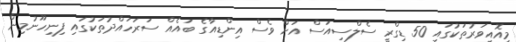
މިއޮއިވަރުތަކުގައި 50 ޑިގްރީ ސެލްސިއަސް އަށް ވެސް އިންޑިއާގެ ބައެއް ސަރަހައްދުތަކުގައި ފިނިހޫނުމިން